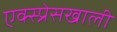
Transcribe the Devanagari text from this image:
एक्स्प्रेसखाली